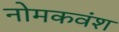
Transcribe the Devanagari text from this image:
नोमकवंश